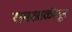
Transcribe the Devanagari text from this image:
रामआळीतून